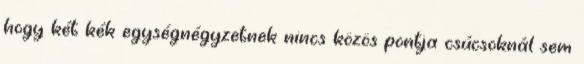
hogy két kék egységnégyzetnek nincs közös pontja csúcsoknál sem